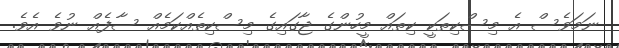
ނަމަވެސް އެ މިސްކިތަކީ ކިތައް މީހުންގެ ޖާގައިގެ މިސްކިތެއްކަމެއް ސާފެއް ނުވެ އެވެ.